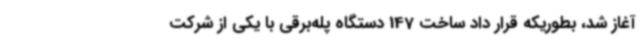
آغاز شد، بطوریکه قرار داد ساخت 147 دستگاه پله‌برقی با یکی از شرکت